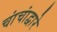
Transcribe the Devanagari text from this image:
चांचांद्वारे